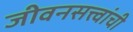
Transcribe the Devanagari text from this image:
जीवनसत्त्वांची